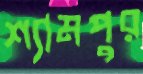
শ্যামপুর